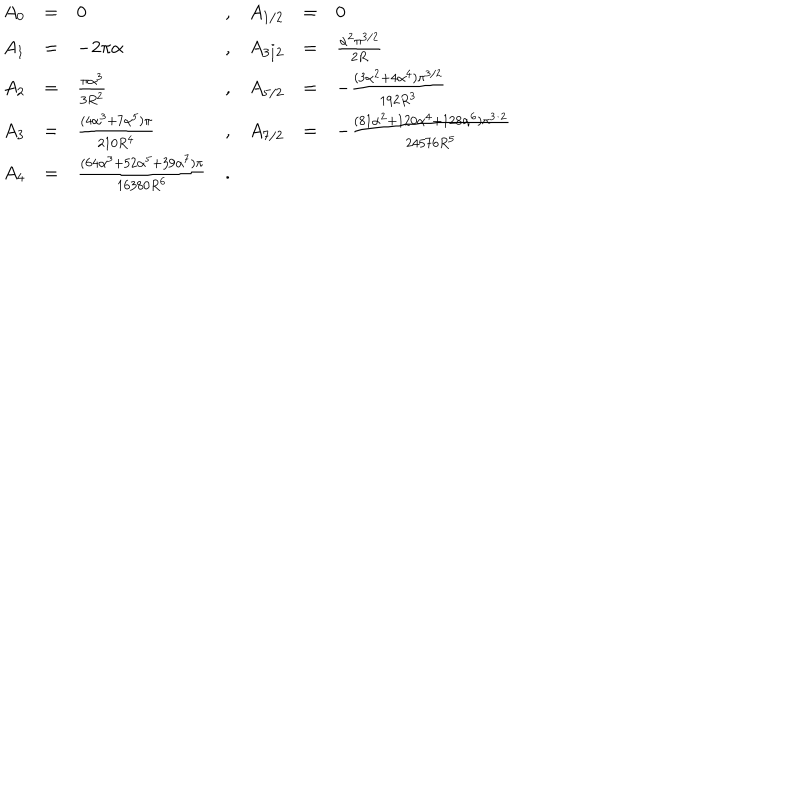
\begin{array} { l c l c c c l } { { A _ { 0 } } } & { { = } } & { { 0 } } & { { , } } & { { A _ { 1 / 2 } } } & { { = } } & { { 0 \nonumber } } \\ { { A _ { 1 } } } & { { = } } & { { - 2 \pi \alpha } } & { { , } } & { { A _ { 3 / 2 } } } & { { = } } & { { \frac { \alpha ^ { 2 } \pi ^ { 3 / 2 } } { 2 R } \nonumber } } \\ { { A _ { 2 } } } & { { = } } & { { \frac { \pi \alpha ^ { 3 } } { 3 R ^ { 2 } } } } & { { , } } & { { A _ { 5 / 2 } } } & { { = } } & { { - \frac { ( 3 \alpha ^ { 2 } + 4 \alpha ^ { 4 } ) \pi ^ { 3 / 2 } } { 1 9 2 R ^ { 3 } } \nonumber } } \\ { { A _ { 3 } } } & { { = } } & { { \frac { ( 4 \alpha ^ { 3 } + 7 \alpha ^ { 5 } ) \pi } { 2 1 0 R ^ { 4 } } } } & { { , } } & { { A _ { 7 / 2 } } } & { { = } } & { { - \frac { ( 8 1 \alpha ^ { 2 } + 1 2 0 \alpha ^ { 4 } + 1 2 8 \alpha ^ { 6 } ) \pi ^ { 3 / 2 } } { 2 4 5 7 6 R ^ { 5 } } \nonumber } } \\ { { A _ { 4 } } } & { { = } } & { { \frac { ( 6 4 \alpha ^ { 3 } + 5 2 \alpha ^ { 5 } + 3 9 \alpha ^ { 7 } ) \pi } { 1 6 3 8 0 R ^ { 6 } } } } & { { . } } & { { } } & { { } } & { { } } \\ \end{array}